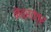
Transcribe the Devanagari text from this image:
नेत्रतंत्र